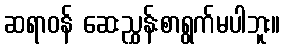
ဆရာဝန် ဆေးညွှန်းစာရွက်မပါဘူး။